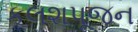
કલશપૂજન